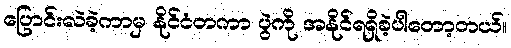
ပြောင်းလဲခဲ့ကာမှ နိုင်ငံတကာ ပွဲကို အနိုင်ရရှိခဲ့ပါတော့တယ်။